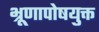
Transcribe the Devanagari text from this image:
भ्रूणापोषयुक्त